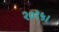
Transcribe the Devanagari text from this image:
२०१५।